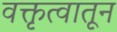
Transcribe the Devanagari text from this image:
वक्तृत्वातून